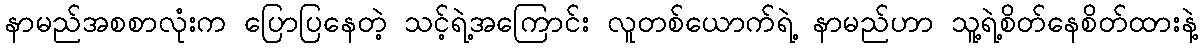
နာမည်အစစာလုံးက ပြောပြနေတဲ့ သင့်ရဲ့အကြောင်း လူတစ်ယောက်ရဲ့ နာမည်ဟာ သူ့ရဲ့စိတ်နေစိတ်ထားနဲ့